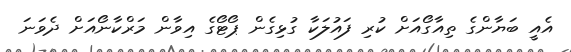
އެއީ ބަޔާންގެ ތިއާގޯއަށް ކުރި ފައުލަކާ ގުޅިގެން ޕޯޓޯގެ އިވާން މަރްކާނޯއަށް ދެވަނަ